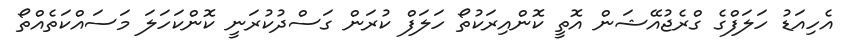
އެހިއަޑު ހަލަފްގެ ގްރެޖުއޭޝަން އޮތީ ކޮންއިރަކުތޯ ހަލަފް ކުރަން ގަސްދުކުރަނީ ކޮންކަހަލަ މަސައްކަތެއްތޯ